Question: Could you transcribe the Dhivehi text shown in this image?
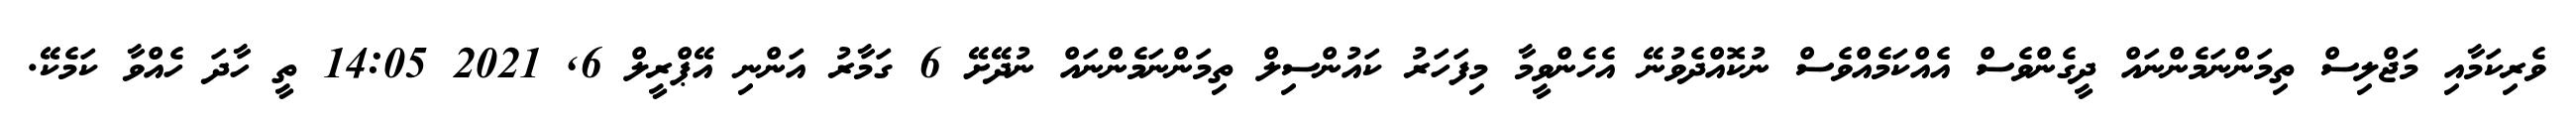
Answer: ވެރިކަމާއި މަޖްލިސް ތިމަންނަމެންނައް ދީގެންވެސް އެއްކަމެއްވެސް ނުކޮއްދެވުނޭ އެހެންވީމާ މިފަހަރު ކައުންސިލް ތިމަންނަމެންނައް ނުދޭށޭ 6 ގަމާރު އަންނި އޭޕްރީލް 6, 2021 14:05 ތީ ހާދަ ހެއްވާ ކަމެކޭ.